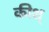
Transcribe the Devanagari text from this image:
कीश्